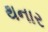
થનાર